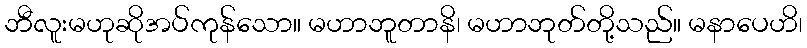
ဘီလူးမဟုဆိုအပ်ကုန်သော။ မဟာဘူတာနိ၊ မဟာဘုတ်တို့သည်။ မနာပေဟိ၊